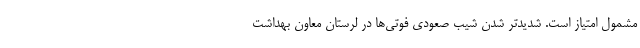
مشمول امتیاز است. شدیدتر شدن شیب صعودی فوتی‌ها در لرستان معاون بهداشت